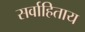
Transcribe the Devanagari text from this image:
सर्वाहिताय